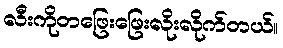
လီးကိုတဖြေးဖြေးလိုးလိုက်တယ်။